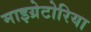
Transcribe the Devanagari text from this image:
माइग्रेटोरिया